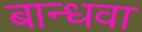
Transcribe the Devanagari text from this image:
बान्धवा